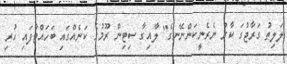
ލަލިތު ގަރާޖުގަ ކާރު ނެރެނީކަންނޭނގެ" ލާއިގާ ސިޓިން ރޫމުގެ ކަނެއްގައި ބަހައްޓާފައި ހުރި